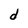
Character: d